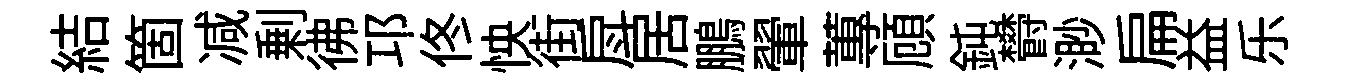
結箇减剰彿邛佟怏街戽居鵬翬蓴頋鈍欎渺扁益乐